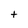
Character: t